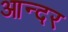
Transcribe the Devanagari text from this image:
आन्दर